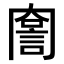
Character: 𧨣